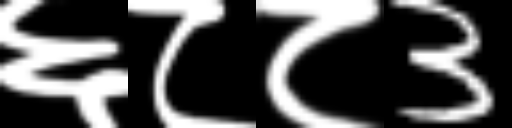
Text: ६८८3